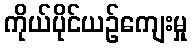
ကိုယ်ပိုင်ယဉ်ကျေးမှု